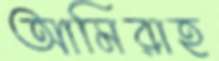
আমিরাহ